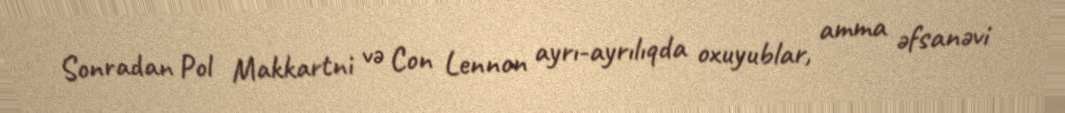
Sonradan Pol Makkartni və Con Lennon ayrı-ayrılıqda oxuyublar, amma əfsanəvi